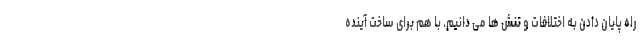
راه پایان دادن به اختلافات و تنش ها می دانیم. با هم برای ساخت آینده